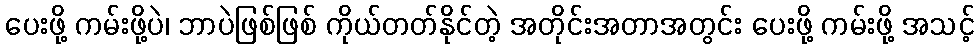
ပေးဖို့ ကမ်းဖို့ပဲ၊ ဘာပဲဖြစ်ဖြစ် ကိုယ်တတ်နိုင်တဲ့ အတိုင်းအတာအတွင်း ပေးဖို့ ကမ်းဖို့ အသင့်